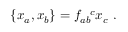
\{ x _ { a } , x _ { b } \} = f _ { a b } ^ { ~ ~ c } x _ { c } ~ .